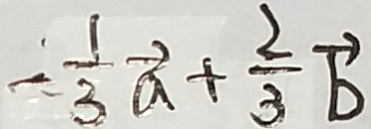
- \frac { 1 } { 3 } \overrightarrow { a } + \frac { 2 } { 3 } \overrightarrow { b }